Annual administration and progress report of the Indian Medical Department, Bombay
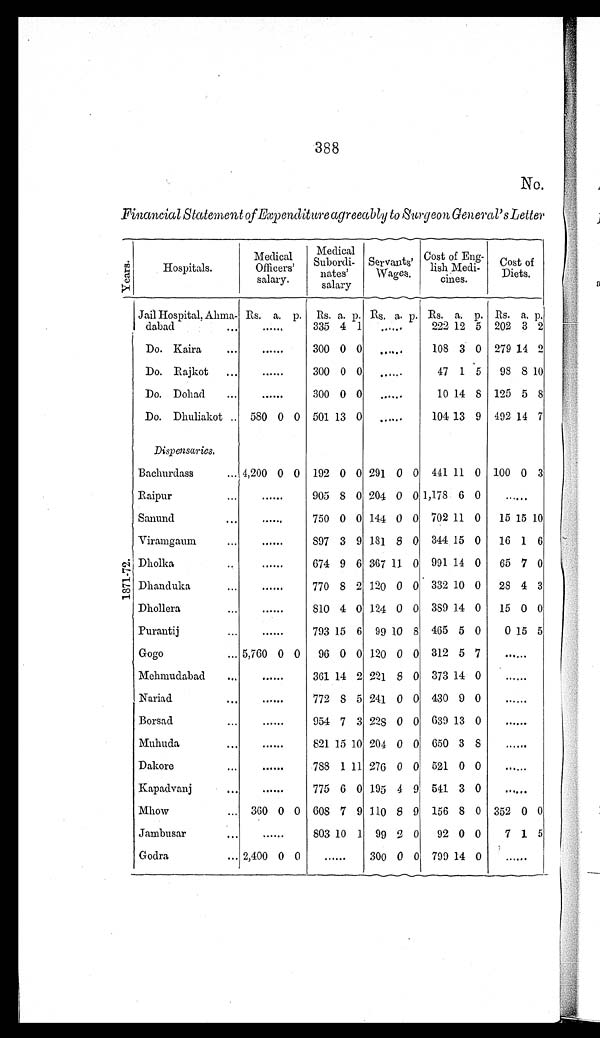
388
No.
Financial Statement of Expenditure agreeably to Surgeon General's Letter
Years.
Hospitals.
Medical
Officers'
salary.
Medical
Subordi -
nates '
salary
Servant s'
Wages.
Cost of Eng-lish Medi-cines. Cost of
Diets.
1 8 7 1 - 7 2 .
Jail Hospital, Ahma
-dabad . . .
Rs. a. p. Rs. a. p. Rs. a. p. Rs. a. p. Rs. a. p.
. . .
335 4 1
. . .
222 12 5 202 3 2
Do. Kaira . . .
. . .
300 0 0
. . .
108 3 0 279 14 2
Do. Rajkot . . .
. . .
300 0 0
. . .
47 1 5
98 8 10
Do. Dohad
. . .
. . .
300 0 0
. . .
10 14 8 125 5 8
Do. Dhuliakot . . . 580 0 0 501 13 0
. . .
104 13 9 492 14 7
Dispensaries.
Bachurdass . . .
4,200 0 0 192 0 0 291 0 0 441 11 0 100 0 3
Raipur . . .
. . .
905
8 0 204 0 0 1,178 6 0
. . . .
Sanund . . .
. . .
750 0 0 144 0 0 702 11 0
15 15 10
Viramgaum . . .
. . .
897 3 9 181
8 0 344 15 0
16 1 6
Dholka . . .
. . .
674 9 6 367 11 0 991 14 0
65 7 0
Dhanduka . . .
. . .
770 8 2 120 0 0 332 10 0
28 4 3
Dhollera . . .
. . .
810 4 0 124 0 0 389 14 0
15 0 0
Purantij . . .
. . .
793 15 6 99 10
8 465 5 0
0 15 5
Gogo . . .
5,760 0 0
96 0 0 120 0 0 312 5 7
. . .
Mehmudabad . . .
. . .
361 14 2 221
8 0 373 14 0
. . .
Nariad . . .
. . .
772
8 5 241 0 0 430 9 0
. . .
Borsad . . .
. . .
954 7 3 228 0 0 639 13 0
. . .
Muhuda . . .
. . .
821 15 10 204 0 0 650 3
8
. . .
Dakore . . .
. . .
788 1 11 276 0 0 521 0 0
. . .
Kapadvanj . . .
. . .
775 6 0 195 4 9 541 3 0
. . .
Mhow . . .
360 0 0 608 7 9 110
8 9 156 8 0 352 0 0
Jambusar . . .
. . .
803 10 1 99 2 0
92 0 0
7 1 5
Godra . . .
2,400 0 0
. . .
300 0 0 799 14 0
. . .